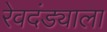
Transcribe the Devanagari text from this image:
रेवदंड्याला